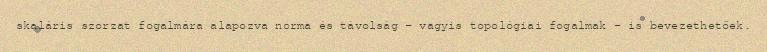
skaláris szorzat fogalmára alapozva norma és távolság – vagyis topológiai fogalmak – is bevezethetőek.